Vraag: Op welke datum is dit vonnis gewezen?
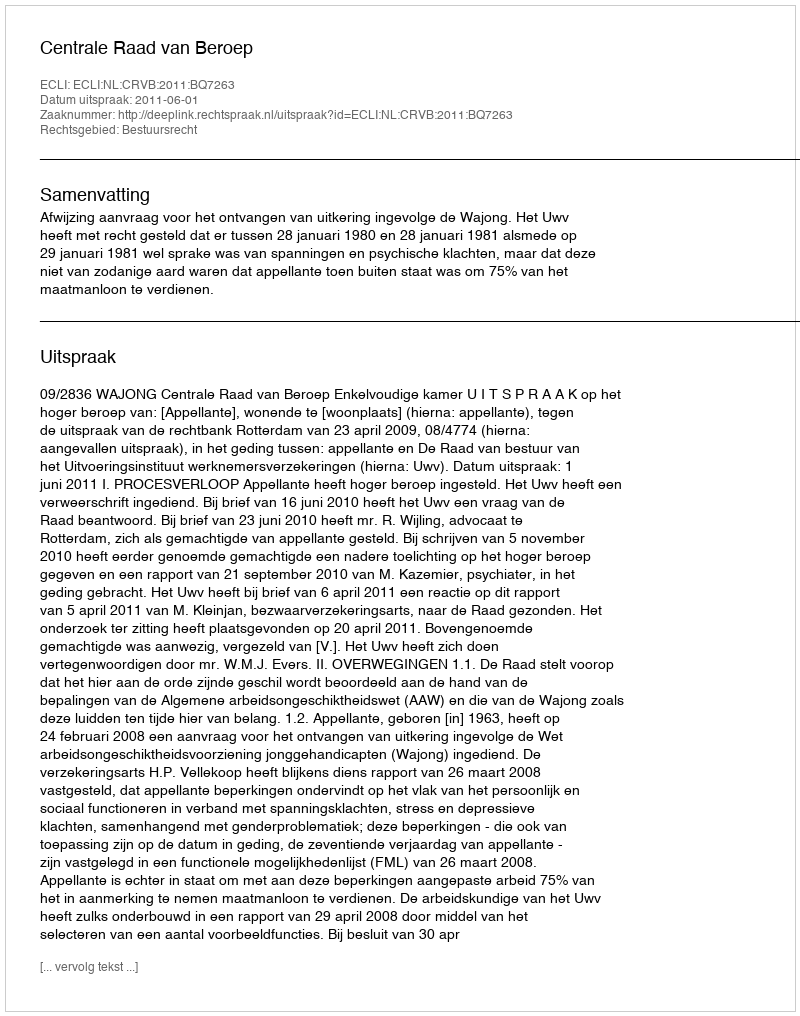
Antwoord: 2011-06-01